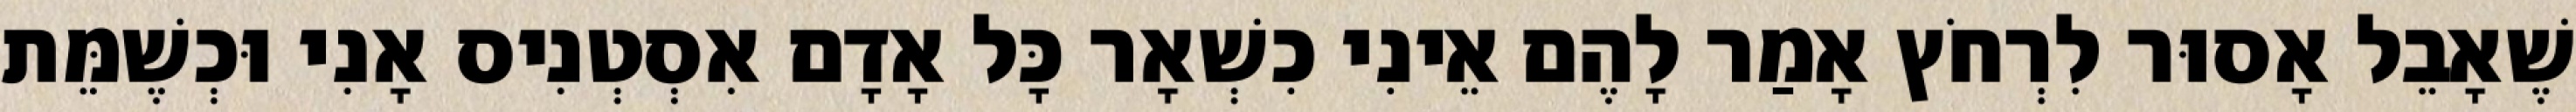
שֶׁאָבֵל אָסוּר לִרְחֹץ אָמַר לָהֶם אֵינִי כִשְׁאָר כָּל אָדָם אִסְטְנִיס אָנִי וּכְשֶׁמֵּת